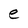
Character: e